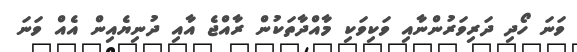
ވަނަ ހޯދި ދަރިވަރުންނާއި ވަކިވަކި މާއްދާތަކުން ރާއްޖެ އާއި ދުނިޔެއިން އެއް ވަނަ